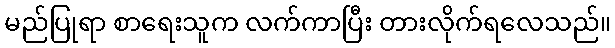
မည်ပြုရာ စာရေးသူက လက်ကာပြီး တားလိုက်ရလေသည်။